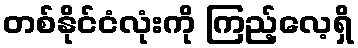
တစ်နိုင်ငံလုံးကို ကြည့်လေ့ရှိ